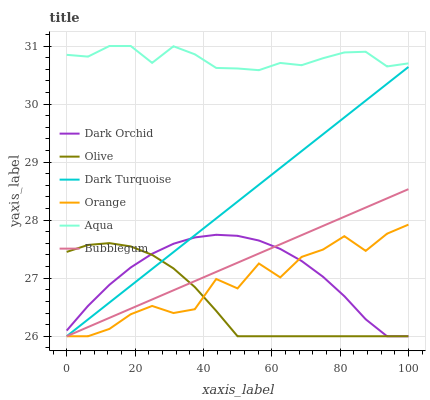
| xaxis_label | Dark Orchid | Olive | Dark Turquoise | Orange | Aqua | Bubblegum |
 | --- | --- | --- | --- | --- | --- | --- |
 | 0 | 26.1 | 27.5 | 26 | 26 | 30.8 | 26 |
 | 6.25 | 26.5 | 27.6 | 26.3 | 26 | 30.8 | 26.2 |
 | 12.5 | 26.9 | 27.6 | 26.6 | 26.1 | 31 | 26.3 |
 | 18.8 | 27.2 | 27.5 | 26.9 | 26.4 | 31 | 26.5 |
 | 25 | 27.4 | 27.4 | 27.2 | 26.5 | 30.7 | 26.6 |
 | 31.2 | 27.6 | 27.2 | 27.4 | 26.4 | 31 | 26.8 |
 | 37.5 | 27.7 | 26.8 | 27.7 | 26.5 | 30.9 | 27 |
 | 43.8 | 27.7 | 26.4 | 28 | 27 | 30.6 | 27.1 |
 | 50 | 27.7 | 26 | 28.3 | 26.8 | 30.6 | 27.3 |
 | 56.2 | 27.6 | 26 | 28.6 | 27.3 | 30.6 | 27.4 |
 | 62.5 | 27.5 | 26 | 28.9 | 27 | 30.7 | 27.6 |
 | 68.8 | 27.3 | 26 | 29.2 | 27.4 | 30.7 | 27.7 |
 | 75 | 27 | 26 | 29.5 | 27.5 | 30.8 | 27.9 |
 | 81.2 | 26.7 | 26 | 29.8 | 27.7 | 30.9 | 28.1 |
 | 87.5 | 26.3 | 26 | 30.1 | 27.5 | 30.9 | 28.2 |
 | 93.8 | 26 | 26 | 30.3 | 27.8 | 30.6 | 28.4 |
 | 100 | 26 | 26 | 30.6 | 27.9 | 30.7 | 28.5 |